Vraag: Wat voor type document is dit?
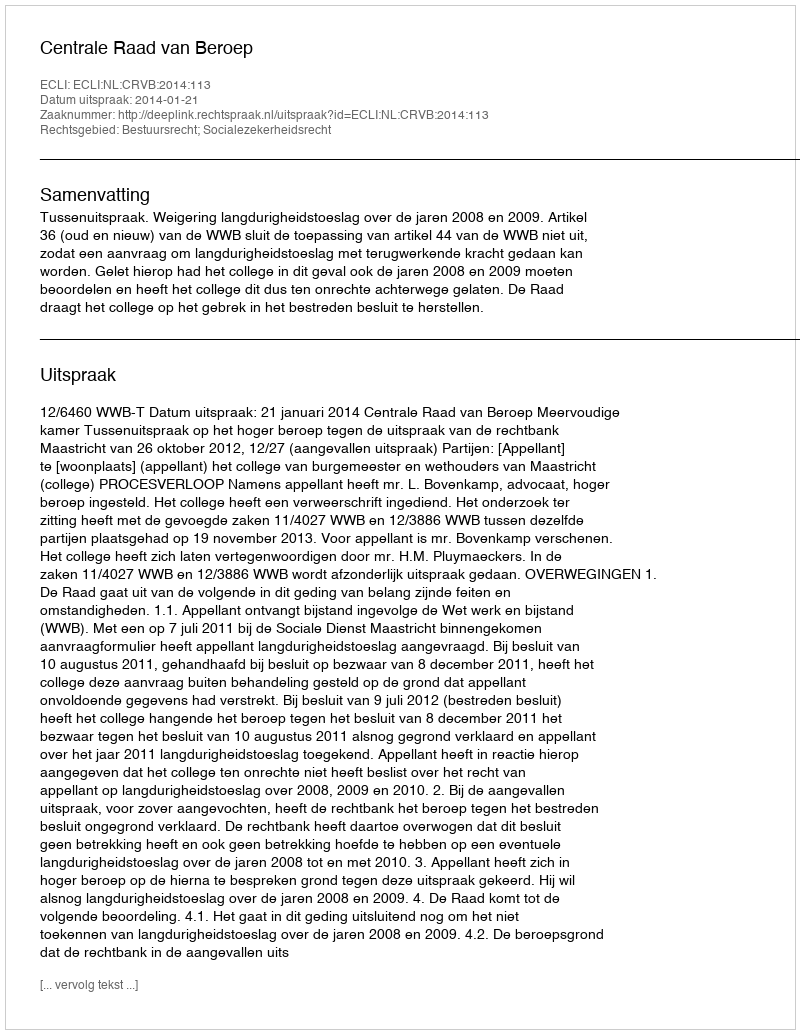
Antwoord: Uitspraak